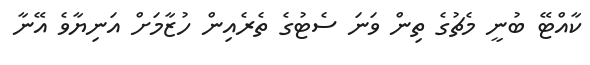
ކާއްޓޭ ބުނީ މެޗުގެ ތިން ވަނަ ސެޓުގެ ތެރެއިން ހުޒާމަށް އަނިޔާވެ އޭނާ